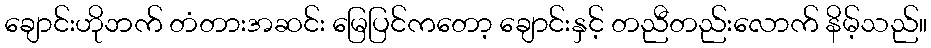
ချောင်းဟိုဘက် တံတားအဆင်း မြေပြင်ကတော့ ချောင်းနှင့် တညီတည်းလောက် နိမ့်သည်။